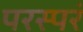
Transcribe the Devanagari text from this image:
परस्परं